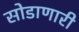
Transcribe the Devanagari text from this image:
सोडाणारी